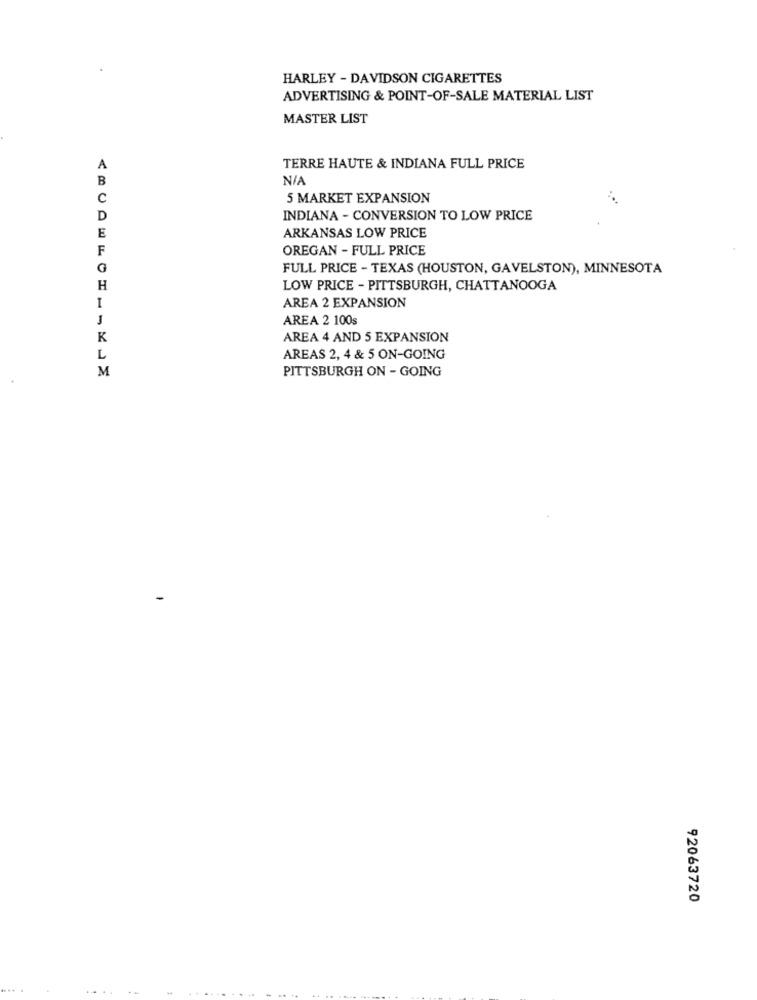
HARLEY - DAVIDSON CIGARETTES
ADVERTISING & POINT-OF-SALE MATERIAL LIST
MASTER LIST
TERRE HAUTE & INDIANA FULL PRICE
B
C
5 MARKET EXPANSION
D
INDIANA - CONVERSION TO LOW PRICE
E
ARKANSAS LOW PRICE
F
OREGAN - FULL PRICE
G
FULL PRICE - TEXAS (HOUSTON, GAVELSTON), MINNESOTA
H
LOW PRICE - PITTSBURGH, CHATTANOOGA
AREA 2 EXPANSION
I
J
AREA 2 100s
K
AREA 4 AND 5 EXPANSION
L
AREAS 2, 4 & 5 ON-GOING
M
PITTSBURGH ON - GOING
92063720
...
.....